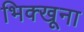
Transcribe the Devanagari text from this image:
भिक्खूना